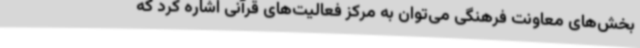
بخش‌های معاونت فرهنگی می‌توان به مرکز فعالیت‌های قرآنی اشاره کرد که